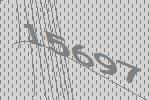
15697